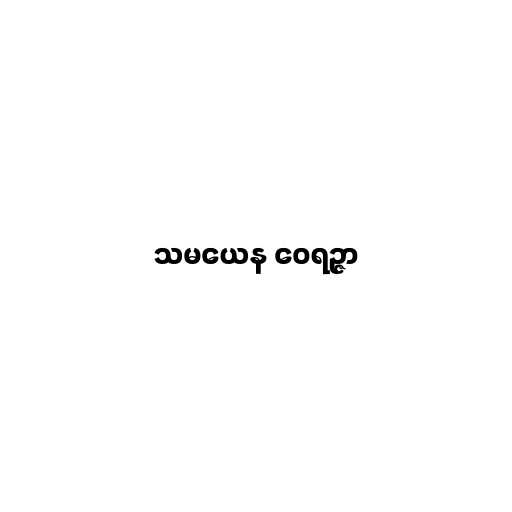
သမယေန ဝေရဉ္ဇာ